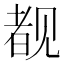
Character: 𬢎